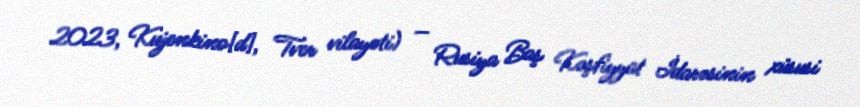
2023, Kujenkino[d], Tver vilayəti) — Rusiya Baş Kəşfiyyat İdarəsinin xüsusi